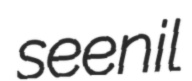
seenil